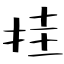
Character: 挂